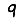
Digit: 9